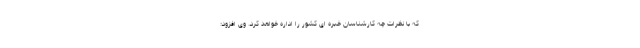
که با نظرات چه کارشناسان خبره ای کشور را اداره خواهد کرد. وی افزود: